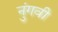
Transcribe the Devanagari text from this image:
नुंगवी